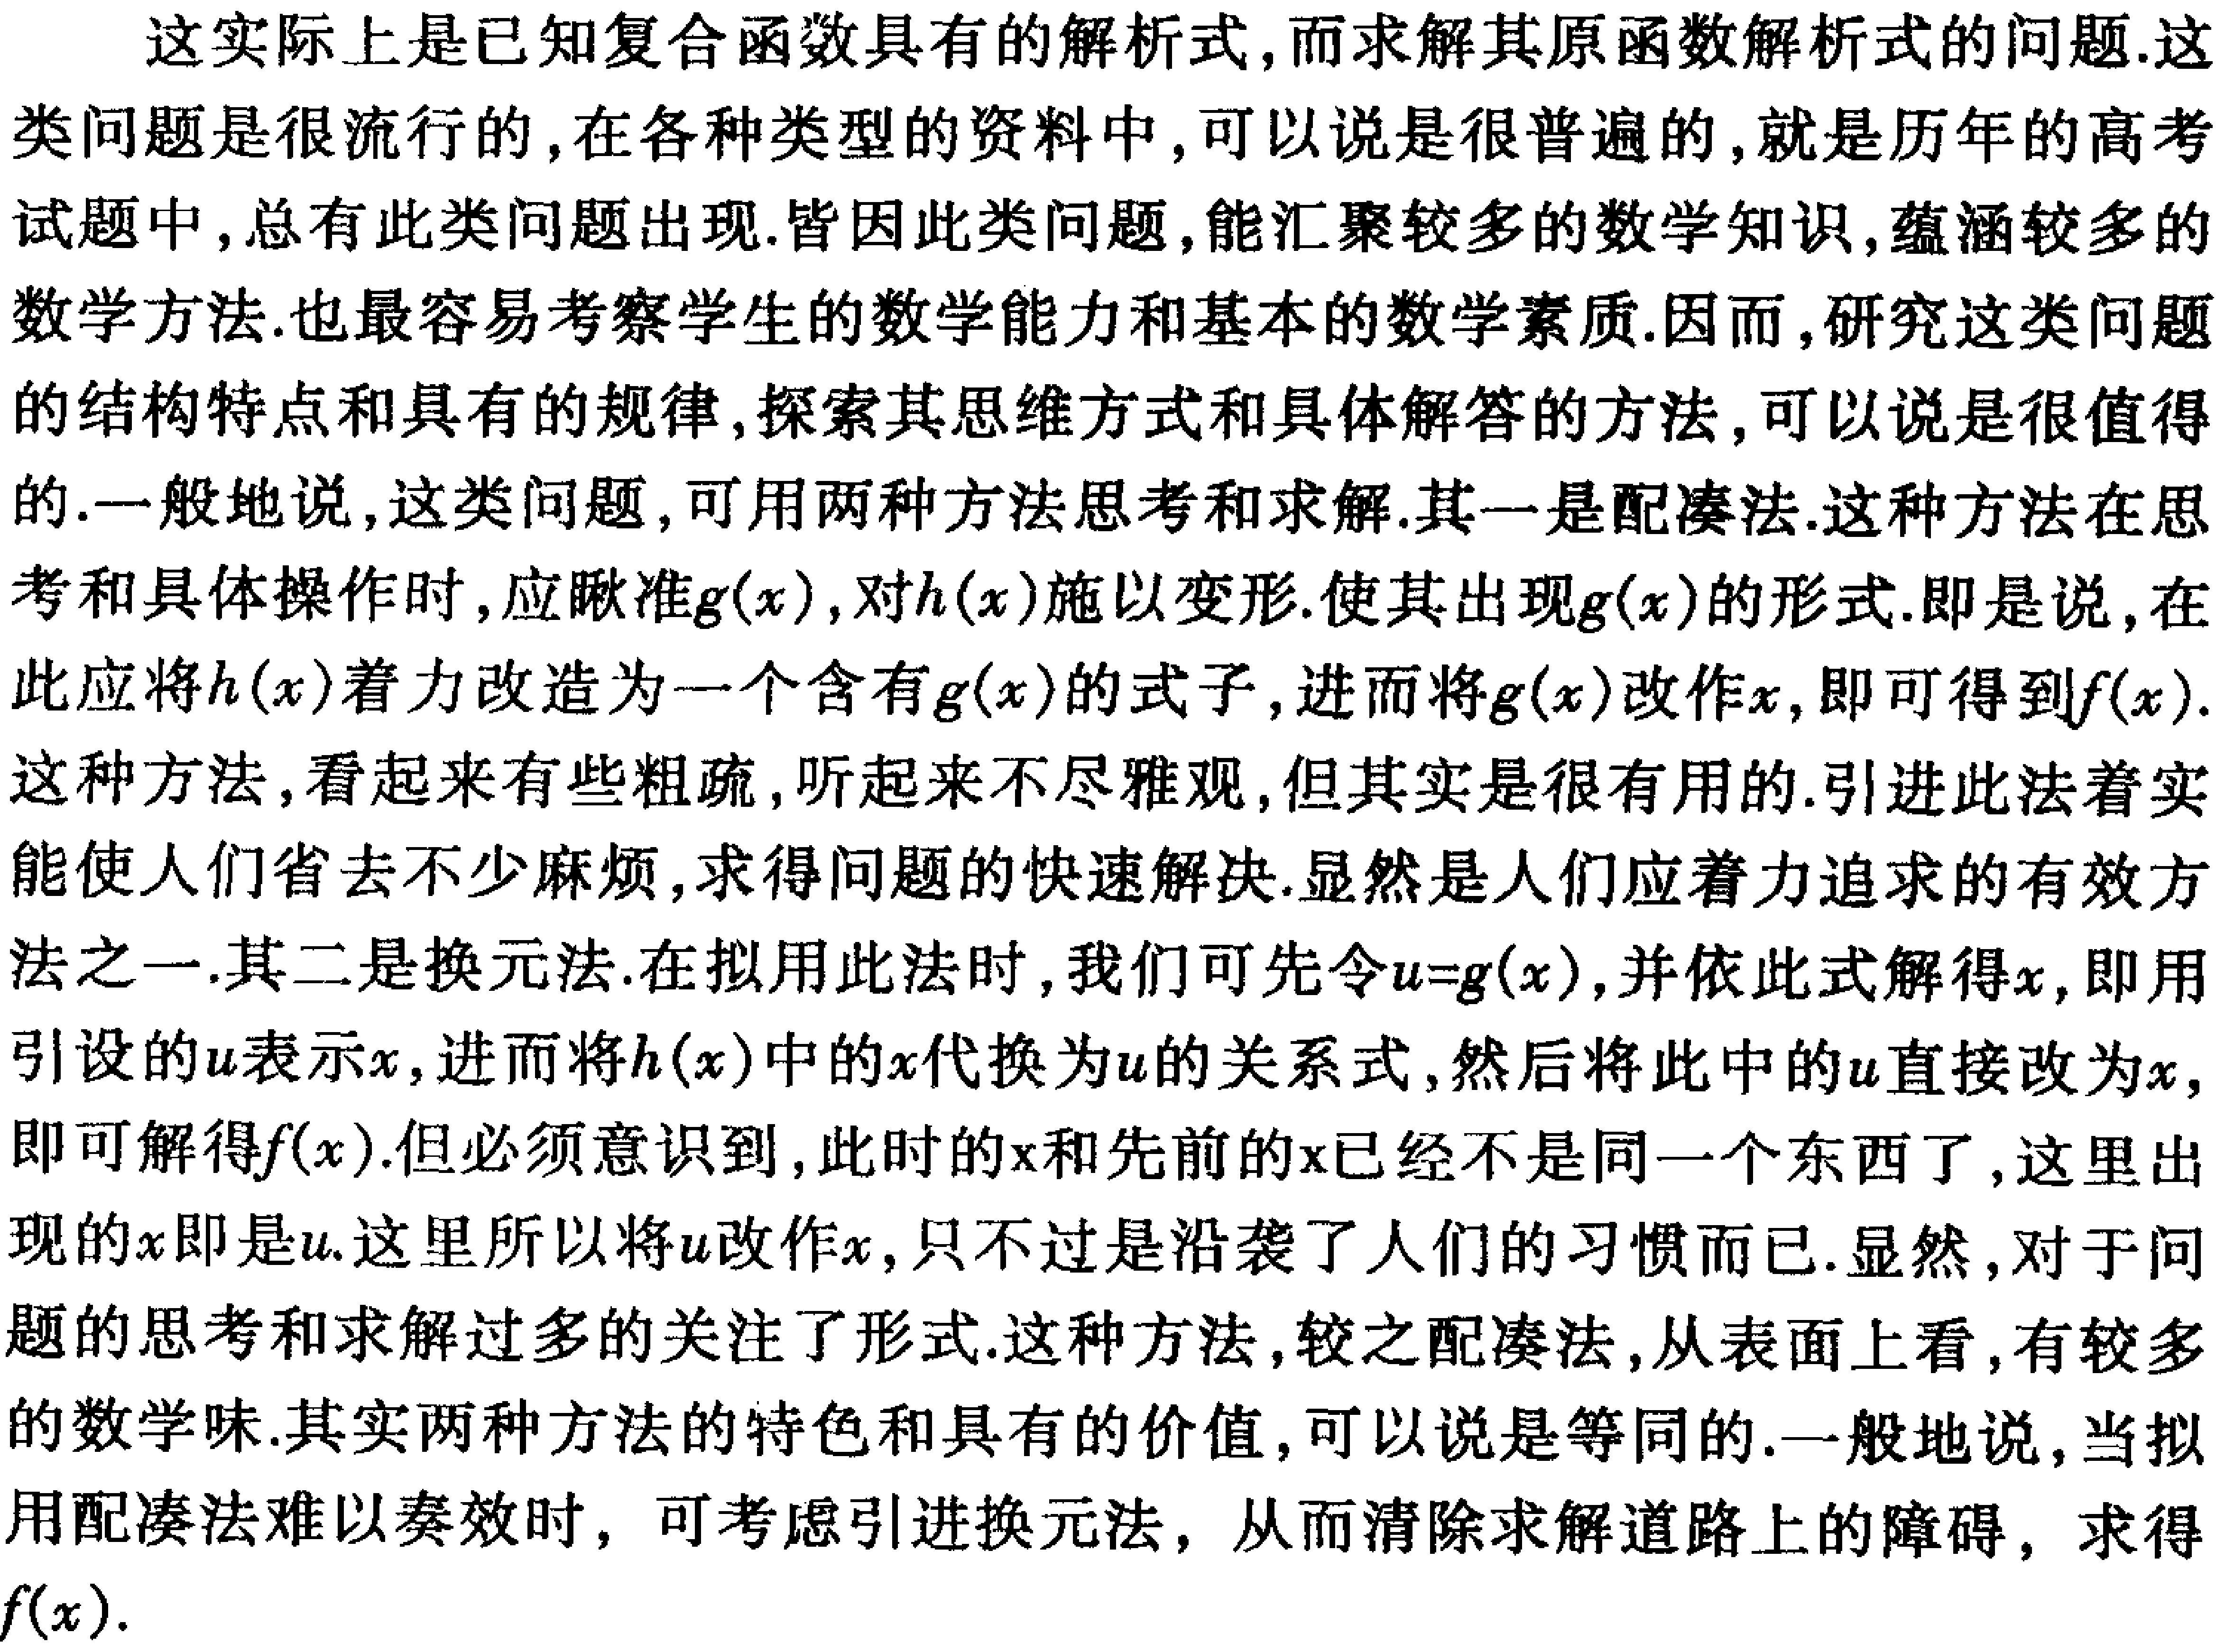
这实际上是已知复合函数具有的解析式，而求解其原函数解析式的问题.这类问题是很流行的，在各种类型的资料中，可以说是很普遍的，就是历年的高考试题中，总有此类问题出现.皆因此类问题，能汇聚较多的数学知识，蕴涵较多的数学方法.也最容易考察学生的数学能力和基本的数学素质.因而，研究这类问题的结构特点和具有的规律，探索其思维方式和具体解答的方法，可以说是很值得的.一般地说，这类问题，可用两种方法思考和求解.其一是配凑法.这种方法在思考和具体操作时，应瞅准\(g(x)\)，对\(h(x)\)施以变形.使其出现\(g(x)\)的形式.即是说，在此应将\(h(x)\)着力改造为一个含有\(g(x)\)的式子，进而将\(g(x)\)改作\(x\)，即可得到\(f(x)\).这种方法，看起来有些粗疏，听起来不尽雅观，但其实是很有用的.引进此法着实能使人们省去不少麻烦，求得问题的快速解决.显然是人们应着力追求的有效方法之一.其二是换元法.在拟用此法时，我们可先令\(u = g(x)\)，并依此式解得\(x\)，即用引设的\(u\)表示\(x\)，进而将\(h(x)\)中的\(x\)代换为\(u\)的关系式，然后将此中的\(u\)直接改为\(x\)，即可解得\(f(x)\).但必须意识到，此时的\(x\)和先前的\(x\)已经不是同一个东西了，这里出现的\(x\)即是\(u\).这里所以将\(u\)改作\(x\)，只不过是沿袭了人们的习惯而已.显然，对于问题的思考和求解过多的关注了形式.这种方法，较之配凑法，从表面上看，有较多的数学味.其实两种方法的特色和具有的价值，可以说是等同的.一般地说，当拟用配凑法难以奏效时，可考虑引进换元法，从而清除求解道路上的障碍，求得\(f(x)\).